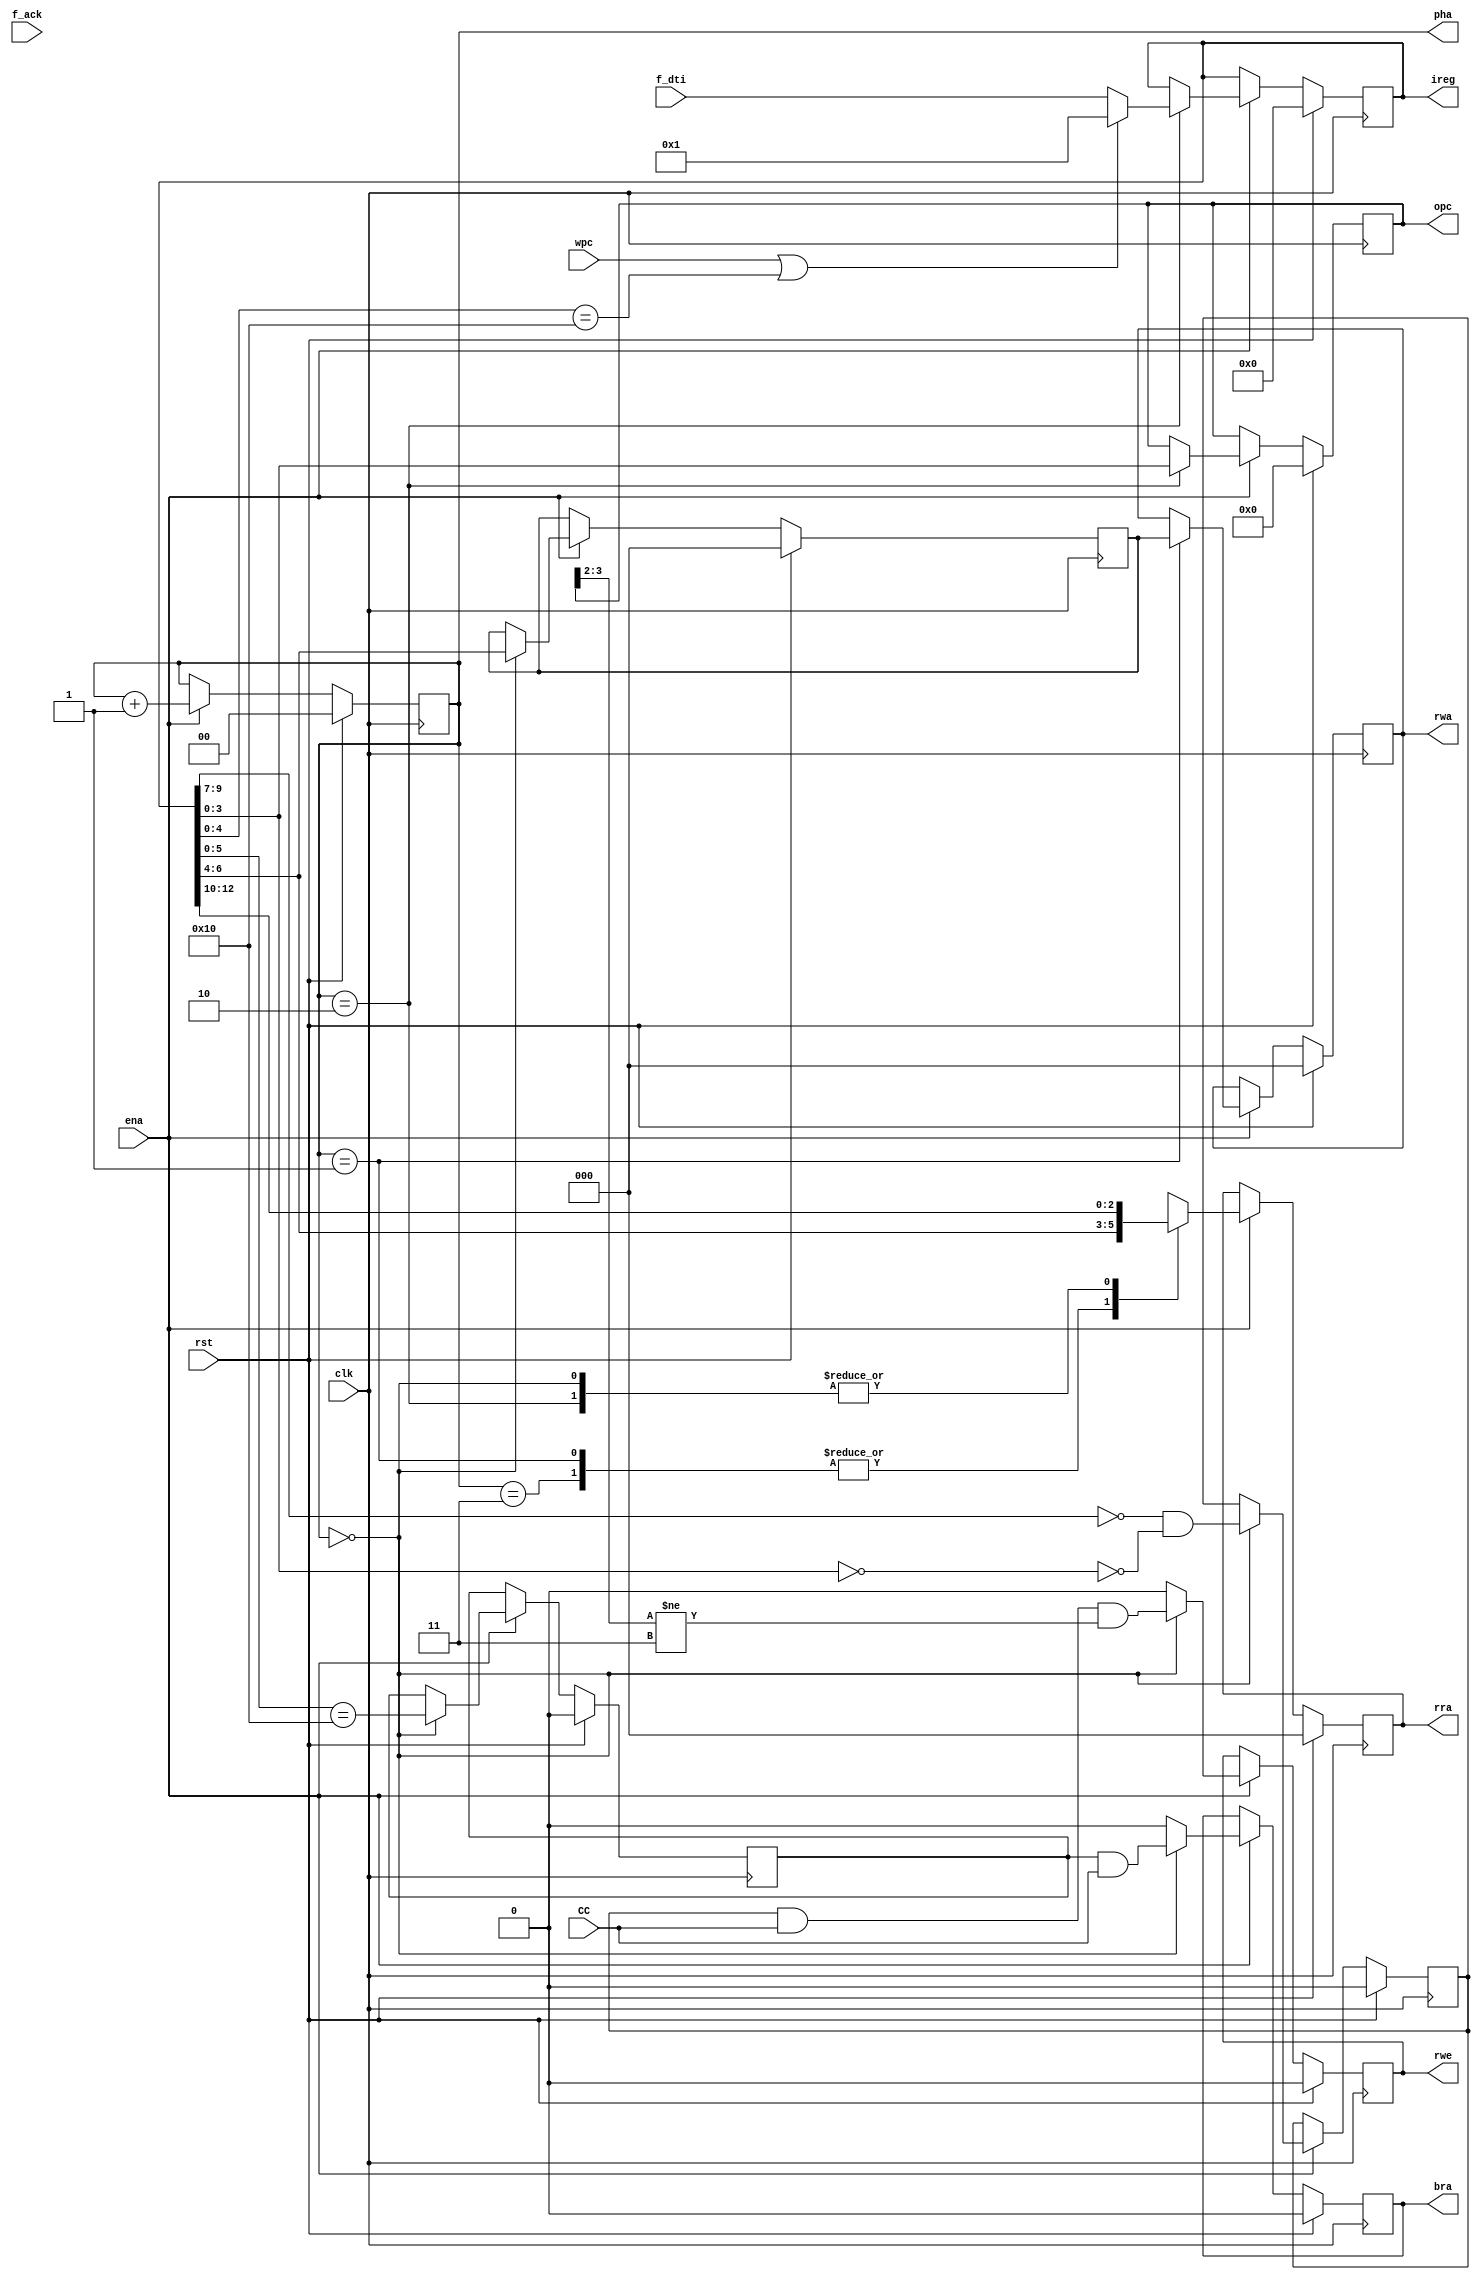
module dcpu16_ctl (/*AUTOARG*/
   // Outputs
   ireg, pha, opc, rra, rwa, rwe, bra,
   // Inputs
   CC, wpc, f_dti, f_ack, clk, ena, rst
   );

   output [15:0] ireg;   
   output [1:0]  pha;

   // shared
   output [3:0]  opc;
   output [2:0]  rra,
		 rwa;
   output 	 rwe;
   output 	 bra;

   input 	 CC;   
   input 	 wpc;
   
   input [15:0]  f_dti;   
   input 	 f_ack;   
  
   // system
   input 	 clk,
		 ena,
		 rst;

   /*AUTOREG*/
   // Beginning of automatic regs (for this module's undeclared outputs)
   reg			bra;
   reg [15:0]		ireg;
   reg [3:0]		opc;
   reg [1:0]		pha;
   reg [2:0]		rra;
   reg [2:0]		rwa;
   reg			rwe;
   // End of automatics

   // repeated decoder
   wire [5:0] 		decA, decB;
   wire [3:0] 		decO;   
   assign {decB, decA, decO} = ireg;   

   wire 		nop = 16'd1; // NOP = SET A, A   
   wire 		_skp = (decO == 4'h0);

   wire 		Fbra = (ireg[4:0] == 5'h10);   
   
   // PHASE CALCULATOR
   always @(posedge clk)
     if (rst) begin
	/*AUTORESET*/
	// Beginning of autoreset for uninitialized flops
	pha <= 2'h0;
	// End of automatics
     end else if (ena) begin
	pha <= pha + 1;		
     end

   // IREG LATCH
   always @(posedge clk)
     if (rst) begin
	/*AUTORESET*/
	// Beginning of autoreset for uninitialized flops
	ireg <= 16'h0;
	opc <= 4'h0;
	// End of automatics
     end else if (ena) begin
	case (pha)
	  2'o2: ireg <= (wpc | Fbra) ? nop : f_dti; // latch instruction only on PHA2
	  default: ireg <= ireg;	  
	endcase // case (pha)

	case (pha)
	  2'o2: opc <= ireg[3:0];	  
	  default: opc <= opc;
	endcase // case (pha)
	
     end

   // BRANCH CONTROL
   reg _bra;   
   always @(posedge clk)
     if (rst) begin
	/*AUTORESET*/
	// Beginning of autoreset for uninitialized flops
	_bra <= 1'h0;
	bra <= 1'h0;
	// End of automatics
     end else if (ena) begin
	case (pha)
	  2'o0: {bra, _bra} <= {_bra & CC, (ireg[5:0] == 5'h10)};	  
	  default: {bra, _bra} <= {1'b0, _bra};	  
	endcase // case (pha)
     end
   
   // REGISTER FILE
   reg [2:0] _rwa;
   reg 	     _rwe;   
   always @(posedge clk)
     if (rst) begin
	/*AUTORESET*/
	// Beginning of autoreset for uninitialized flops
	_rwa <= 3'h0;
	_rwe <= 1'h0;
	rra <= 3'h0;
	rwa <= 3'h0;
	rwe <= 1'h0;
	// End of automatics
     end else if (ena) begin
	case (pha)
	  2'o3: rra <= decA[2:0];
	  2'o1: rra <= decA[2:0];
	  2'o2: rra <= decB[2:0];
	  2'o0: rra <= decB[2:0];	  
	  //default: rra <= 3'oX;	  
	endcase // case (pha)

	case (pha)
	  2'o0: {rwe} <= _rwe & CC & (opc[3:2] != 2'o3);	  
	  default: {rwe} <= {1'b0};	  
	endcase // case (pha)
	
	case (pha)
	  2'o1: {rwa} <= {_rwa};	  
	  default: {rwa} <= {rwa};	  
	endcase // case (pha)
	
	case (pha)
	  2'o0: begin
	     _rwa <= decA[2:0];
	     _rwe <= (decA[5:3] == 3'o0) & !_skp;	     
	  end
	  default: {_rwa, _rwe} <= {_rwa, _rwe};	  
	endcase // case (pha)
	
     end
   
endmodule